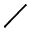
\diagup